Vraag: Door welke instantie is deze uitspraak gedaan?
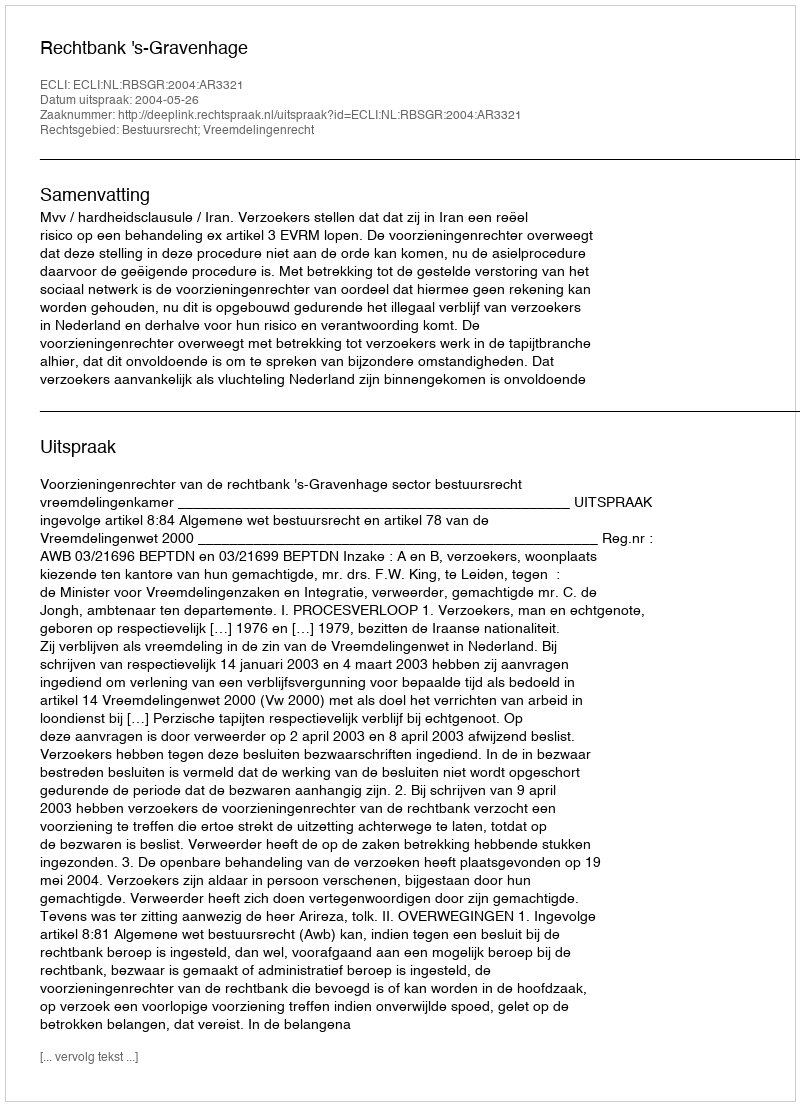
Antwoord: Rechtbank 's-Gravenhage